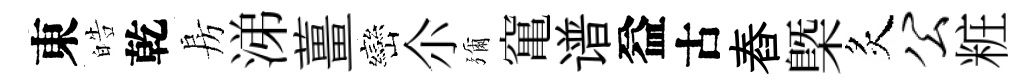
東皓乾房涕薑巒尒彌𥧄谱益古舂槩炙公粧